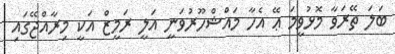
ބަލަ ތޭރަވާ މޮޅުވީމަ ޢޭ އެހާ މައްޝްހޫރުވަނީ އަލީ ރަމީޒް އަކީ މިރާއްޖޭގައި